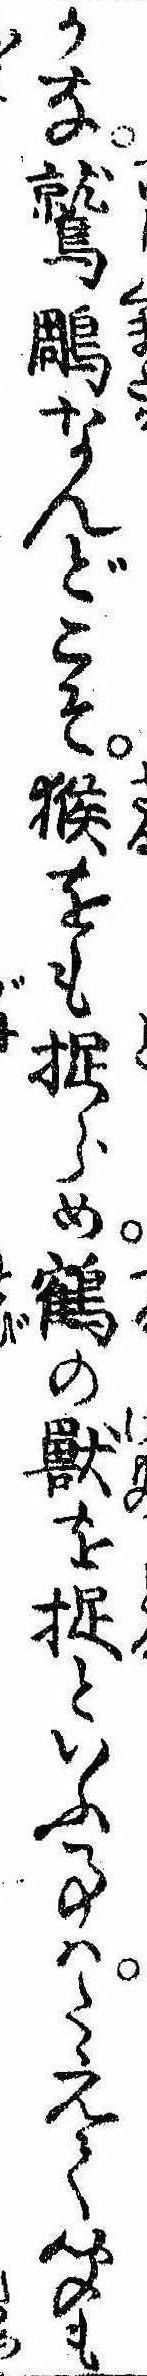
かな鷲雕なんどこそ猴をも捉らめ鶴の獣を捉といふ事はたえて聞も